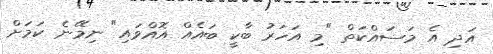
އަދި އެ މަސައްކަތް "މި އަހަރު ބާކީ ބައެއް އޮއްވައި" ނިމޭނެ ކަމަށް